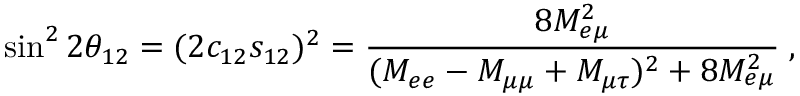
\sin ^ { 2 } 2 \theta _ { 1 2 } = ( 2 c _ { 1 2 } s _ { 1 2 } ) ^ { 2 } = \frac { 8 M _ { e \mu } ^ { 2 } } { ( M _ { e e } - M _ { \mu \mu } + M _ { \mu \tau } ) ^ { 2 } + 8 M _ { e \mu } ^ { 2 } } \; ,